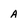
Character: A